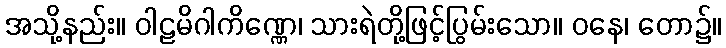
အသို့နည်း။ ဝါဠမိဂါကိဏ္ဏေ၊ သားရဲတို့ဖြင့်ပြွမ်းသော။ ဝနေ၊ တော၌။